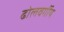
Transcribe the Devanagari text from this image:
ढोलवर्गीय